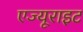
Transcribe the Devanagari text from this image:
एज्यूराइट